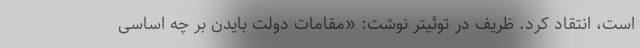
است، انتقاد کرد. ظریف در توئیتر نوشت: «مقامات دولت بایدن بر چه اساسی